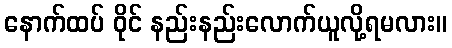
နောက်ထပ် ဝိုင် နည်းနည်းလောက်ယူလို့ရမလား။